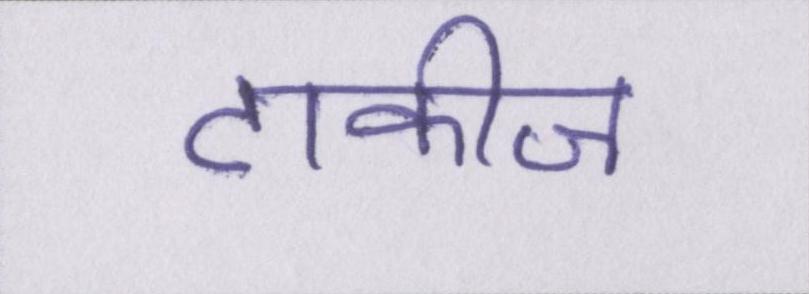
टाकीज